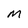
Character: M